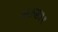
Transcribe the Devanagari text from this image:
पाऊस३१